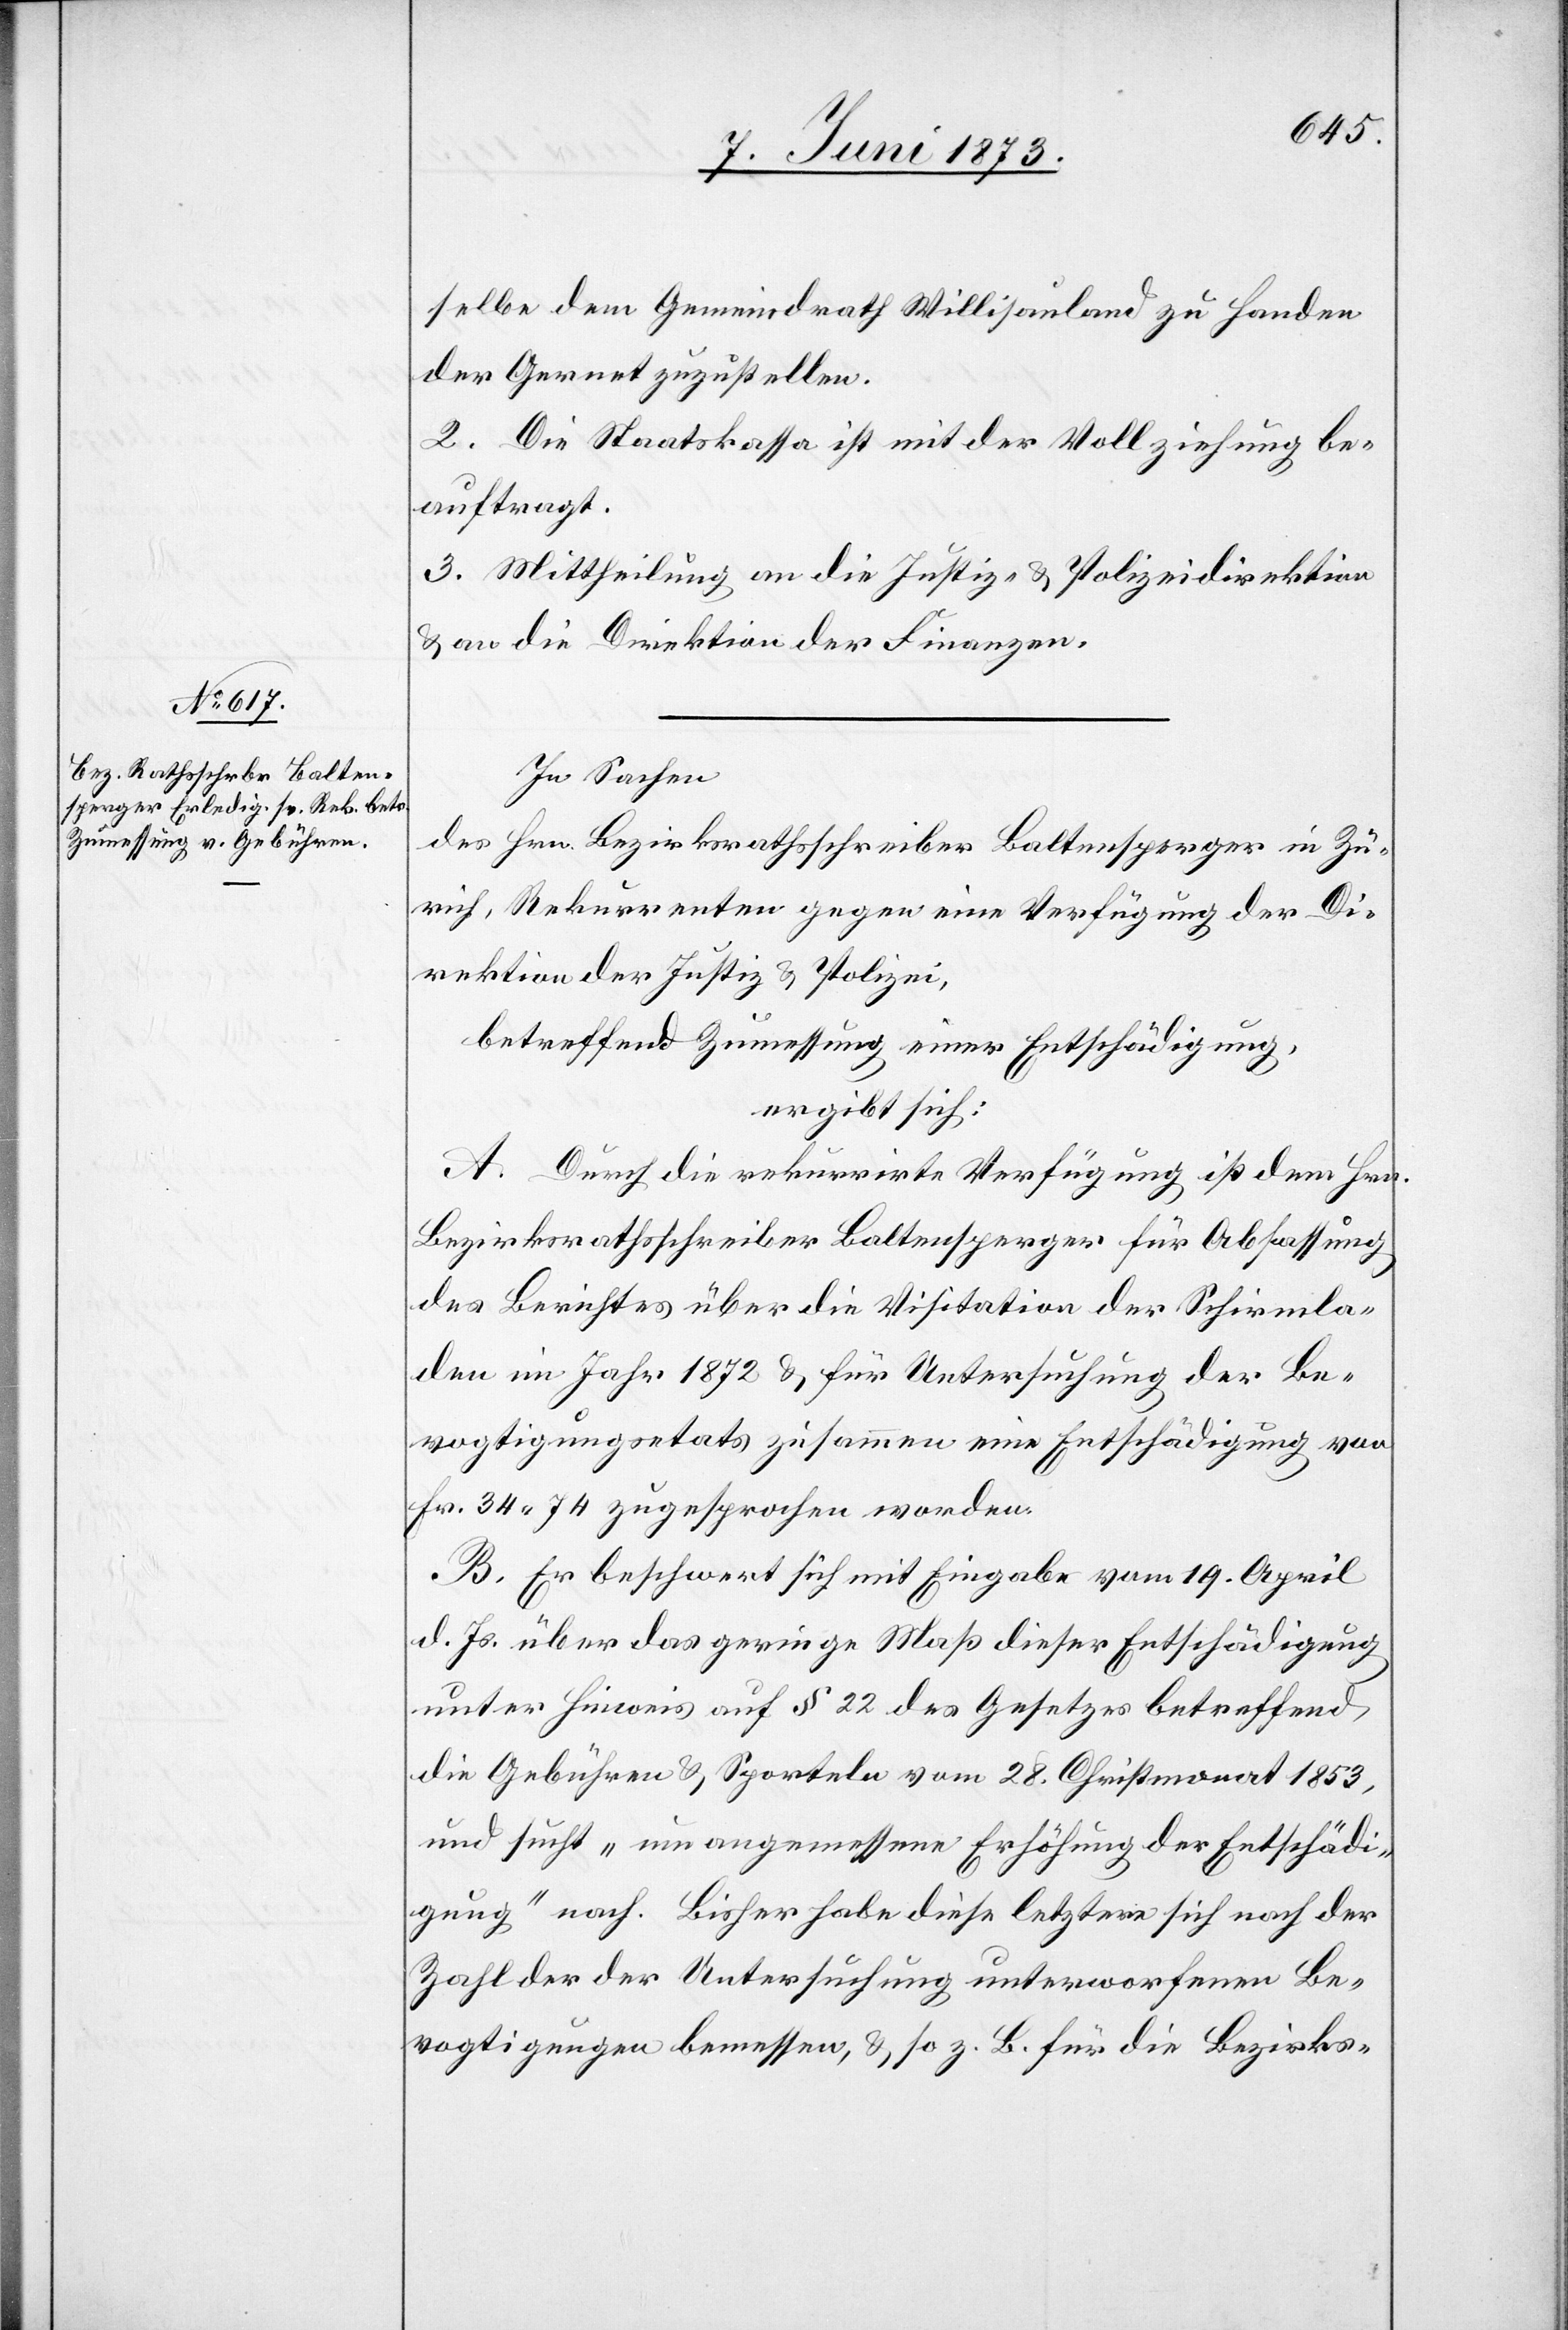
selbe dem Gemeindrath Willisauland zu Handen
der Gernet zuzustellen.
2. Die Staatskassa ist mit der Vollziehung be¬
auftragt.
3. Mittheilung an die Justiz- & Polizeidirektion
& an die Direktion der Finanzen.
In Sachen
des Hrn. Bezirksrathsschreiber Baltensperger in Zü¬
rich, Rekurrenten gegen eine Verfügung der Di¬
rektion der Justiz & Polizei,
betreffend Zumessung einer Entschädigung,
ergibt sich:
A. Durch die rekurrirte Verfügung ist dem Hrn.
Bezirksrathsschreiber Baltensperger für Abfassung
des Berichtes über die Visitation der Schirmla¬
den im Jahr 1872 & für Untersuchung der Be¬
vogtigungsetats zusammen eine Entschädigung von
Fr. 34 74 zugesprochen worden.
B. Er beschwert sich mit Eingabe vom 19. April
d. Js. über das geringe Maß dieser Entschädigung
unter Hinweis auf § 22 des Gesetzes betreffend
die Gebühren & Sporteln vom 28. Christmonat 1853,
und sucht „um angemessene Erhöhung der Entschädi¬
gung“ nach. Bisher habe diese letztere sich nach der
Zahl der der Untersuchung unterworfenen Be¬
vogtigungen bemessen, & so z. B. für die Bezirks-